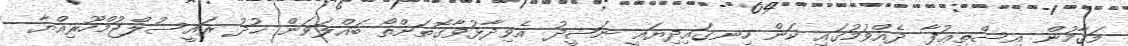
މަޤާމުން އިސްތިޢުފާ ދެއްވުމުގައި ކަން ހިނގައިދިޔައީ ނަޝީދު އެވިދާޅުވާގޮތަށްތޯ ބައްލަވަން ޚުދު ރައީސުލްޖުމްހޫރިއްޔާ